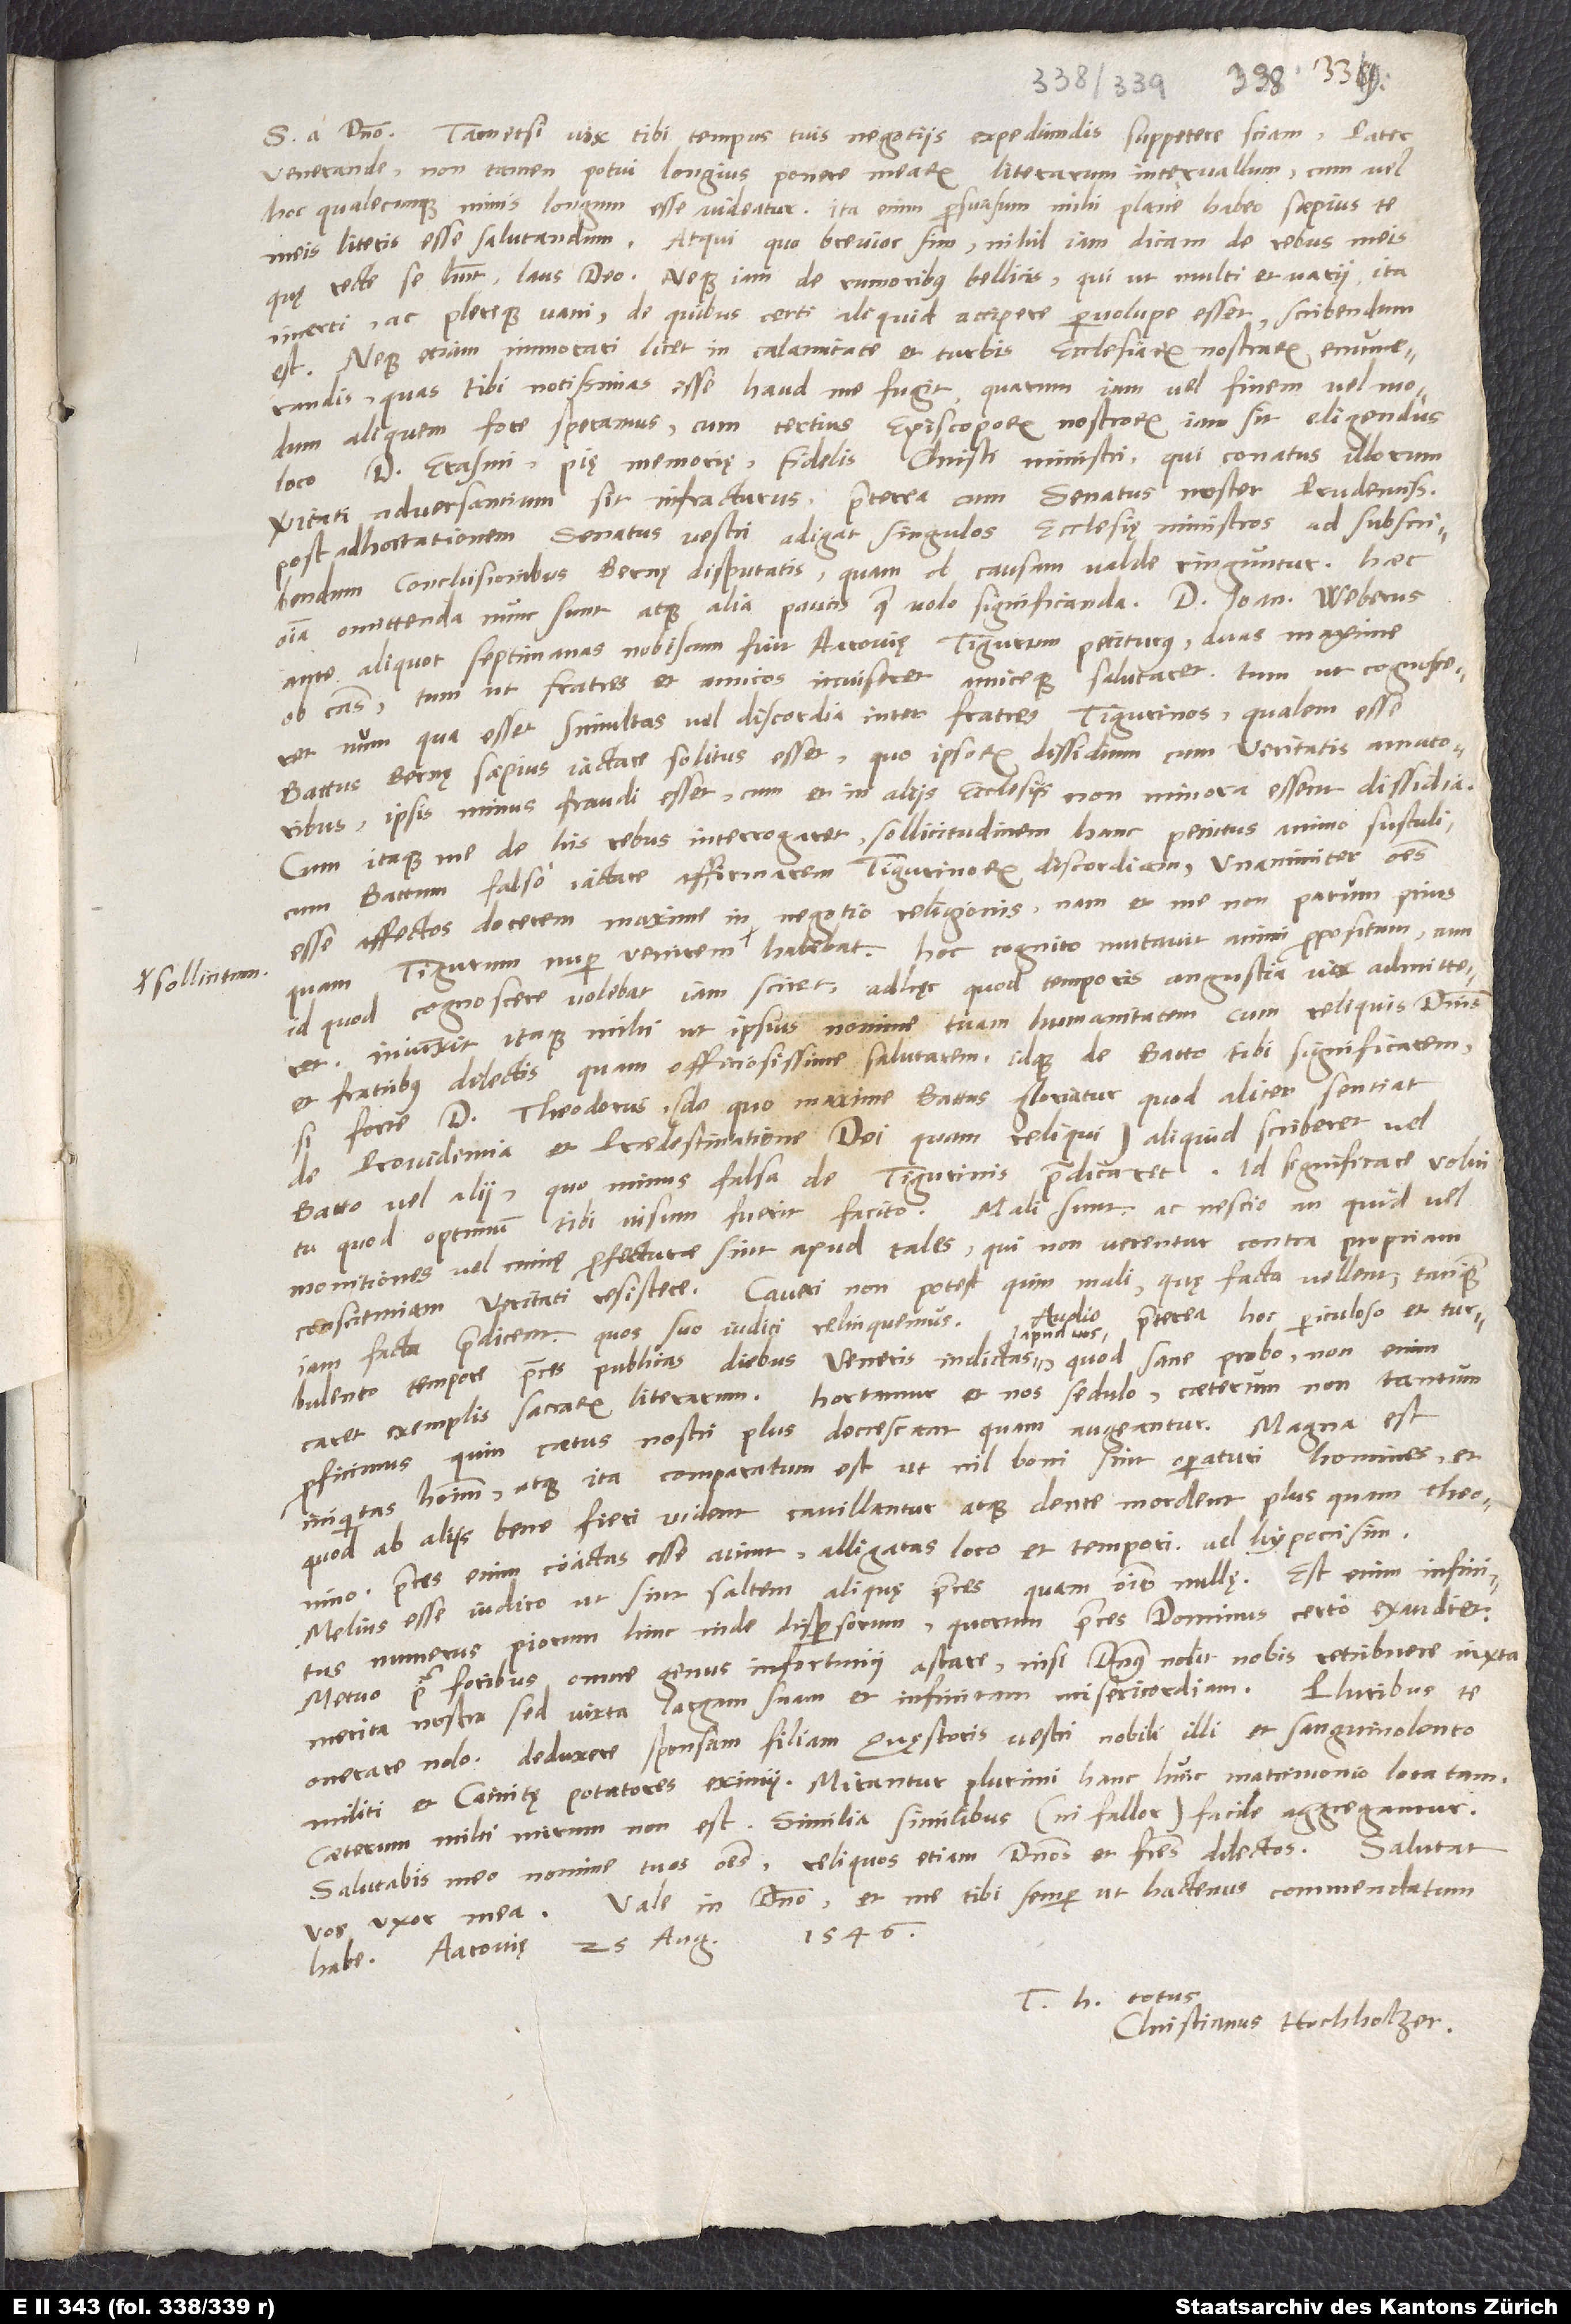
sollicitum

S. in domino. Tametsi vix tibi tempus tuis negotiis expediendis suppetere sciam, pater
venerande, non tamen potui longius ponere mearum literarum intervallum, cum vel
hoc qualecunque nimis longum esse videatur. Ita enim persuasum mihi plane habeo saepius te
meis literis esse salutandum. Atqui, quo brevior sim, nihil iam dicam de rebus meis,
quę recte se habent, laus deo. Neque iam de rumoribus bellicis, qui ut multi et varii, ita
incerti ac plerique vani (de quibus certi aliquid accipere pervolupe esset) scribendum
est. Neque etiam immorari licet in calamitate et turbis ecclesiarum nostrarum enumerandis,
quas tibi notissimas esse haud me fugit, quarum iam vel finem vel modum
aliquem fore speramus, cum tertius episcoporum nostrorum iam sit eligendus
loco d. Erasmi, pię memorię fidelis Christi ministri, qui conatus illorum
veritati adversariorum sit infracturus. Praeterea, cum senatus noster prudentissimus
post adhortationem senatus vestri adigat singulos ecclesię ministros ad subscribendum
conclusionibus Bernę disputatis (quam ob causam valde ringuntur), haec
omnia omittenda nunc sunt atque alia paucis, quae volo, significanda. Dominus
ante aliquot septimanas nobiscum fuit Aarovię Tigurum petiturus duas maxime
ob causas, tum ut fratres et amicos inviseret amiceque salutaret, tum ut cognosceret,
num qua esset simultas vel discordia inter fratres Tigurinos, qualem esse
Battus Bernę saepius iactare solitus esset, quo ipsorum dissidium cum veritatis amatoribus
ipsis minus fraudi esset, cum et in aliis ecclesiis non minora essent dissidia.
Cum itaque me de his rebus interrogaret, sollicitudinem hanc penitus animo sustuli,
cum Battum falso iactare affirmarem Tigurinorum discordiam, unanimiter omnes
esse affectos docerem, maxime in negotio religionis. Nam et me non parum, priusquam
id, quod cognoscere volebat, iam sciret, adhęc quod temporis angustia vix admitteret.
Iniunxit itaque mihi, ut ipsius nomine tuam humanitatem cum reliquis dominis
et fratribus dilectis quam officiosissime salutarem idque de Batto tibi significarem,
si forte d. Theodorus (de quo maxime Battus gloriatur, quod aliter sentiat
de providentia et praedestinatione dei quam reliqui) aliquid scriberet vel
Batto vel alii, quo minus falsa de Tigurinis praedicaret. Id significare volui.
Tu, quod optimum tibi visum fuerit, facito. Mali sunt, ac nescio, an quid vel
monitiones vel minę profecturae sint apud tales, qui non verentur contra propriam
conscienciam veritati resistere. Caveri non potest, quin mali, quę facta vellent, tanquam
Audio
praeterea hoc periculoso et turbulento
iam facta praedicent; quos suo iudici relinquemus.
tempore preces publicas diebus Veneris indictas apud vos, quod sane probo. Non enim
exemplis sacrarum literarum. Hortamur et nos sedulo. Caeterum non tantum
proficimus, quin coetus nostri plus decrescant quam augeantur. Magna est
iniquitas hominum, atque ita comparatum est, ut nil boni sint operaturi homines; et
quod ab aliis bene fieri vident, cavillantur atque dente mordent plus quam Theonino.
Preces enim coactas esse aiunt, alligatas loco et tempori, ad hypocrisim.
Melius esse iudico, ut sint saltem aliquę preces quam omnino nullę. Est enim infinitus
numerus piorum hinc inde dispersorum, quorum preces dominus certo exaudiet.
prae foribus omne genus infortunii astare, nisi dominus nolit nobis retribuere iuxta
Pluribus te
Metuo
merita nostra, sed iuxta largam suam et infinitam misericordiam.
onerare nolo. Deduxere sponsam filiam quęstoris vestri nobili illi et sanguinolento
militi et Cainitę potatores eximii. Mirantur plurimi hanc huic matrimonio locatam.
Caeterum mihi mirum non est. Similia similibus (ni fallor) facile aggregantur.
Salutabis meo nomine tuos omnes, reliquos etiam dominos et fratres dilectos. Salutat
vos uxor mea. Vale in domino et me tibi semper ut hactenus commendatum
habe. Aarovię, 25. augusti 1546.
T totus
Christianus Hochholzer.